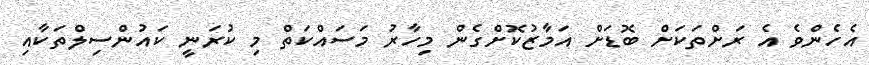
އެހެންވެ އެ ރަށްތަކަށް ބޮޑަށް އަމާޒުކޮށްގެން މިހާރު މަސައްކަތް މި ކުރަނީ ކައުންސިލްތަކާއި